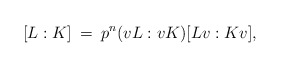
\begin{align*} [L:K] \> = \>p^n (vL:vK)[Lv:Kv],\end{align*}